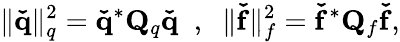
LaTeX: \| \mathbf{\check{q}}\| _{q}^{2}=\mathbf{\check{q}}^{*}\mathbf{Q}_{q}\mathbf{\check{q}}\; \; ,\; \; \| \mathbf{\check{f}}\| _{f}^{2}=\mathbf{\check{f}}^{*}\mathbf{Q}_{f}\mathbf{\check{f}},